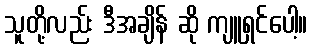
သူတို့လည်း ဒီအချိန် ဆို ကျူရှင်ပေါ့။